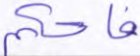
فاحكم